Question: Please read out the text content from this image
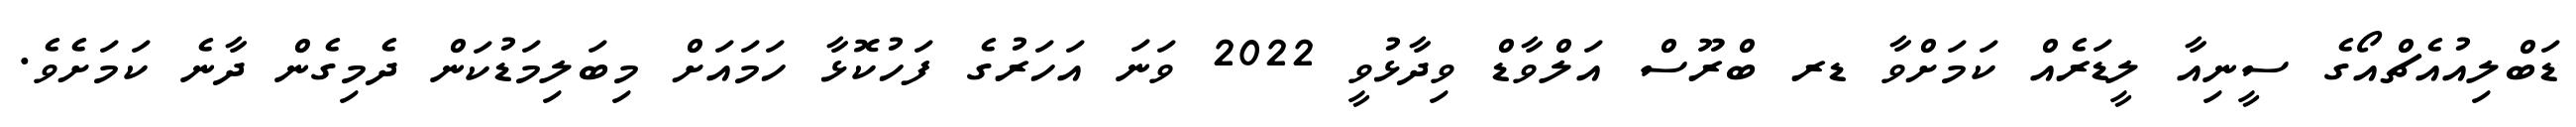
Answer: ޑަބްލިއުއެޗްއޯގެ ސީނިއާ ލީޑަރެއް ކަމަށްވާ ޑރ ބްރޫސް އަލްވާޑް ވިދާޅުވީ 2022 ވަނަ އަހަރުގެ ފަހުކޮޅާ ހަމައަށް މިބަލިމަޑުކަން ދެމިގެން ދާނެ ކަމަށެވެ.